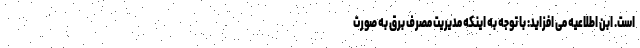
است. ابن اطلاعیه می افزاید: با توجه به اینکه مدیریت مصرف برق به صورت